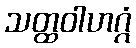
သတ္ထဝါဟဂ္ဂံ